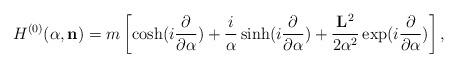
LaTeX: \begin{align*}H^{(0)}({\alpha},{\bf n})=m\left[\cosh(i\frac{\partial}{{\partial}{\alpha}})+\frac{i}{{\alpha}}\sinh(i\frac{\partial}{{\partial}{\alpha}}) +\frac{{\bf L}^2}{2{\alpha}^2}\exp(i\frac{\partial}{{\partial}{\alpha}})\right],\end{align*}